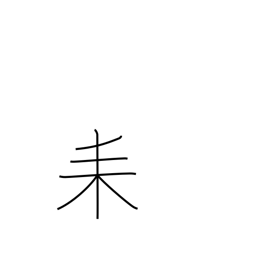
Meaning: three-branch tree radical (no. 127)